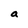
Character: a